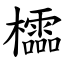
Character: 櫺